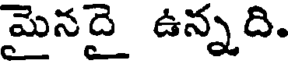
మైనదై ఉన్నది.